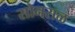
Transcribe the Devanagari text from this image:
सोनसळ